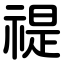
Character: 禔